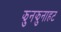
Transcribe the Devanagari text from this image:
झुनझुनाहट